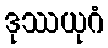
ဒုဿယုဂံ